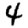
Digit: 4